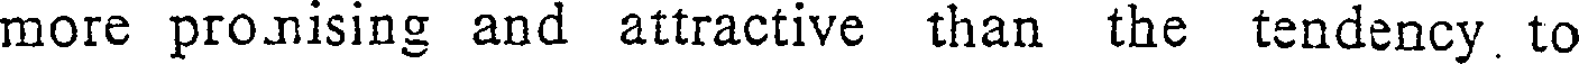
more pronising and attractive than the tendency. to